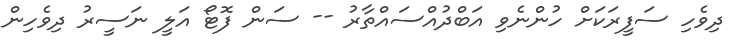
ދިވެހި ސަފީރަކަށް ހުންނެވި އަބްދުއްސައްތާރު -- ސަން ފޮޓޯ އަލީ ނަސީރު ދިވެހިން